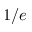
1 / e